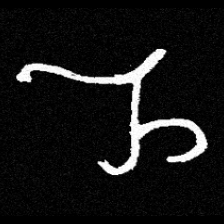
Pyu character \u2014 Myanmar letter: ည (romanized: nya)